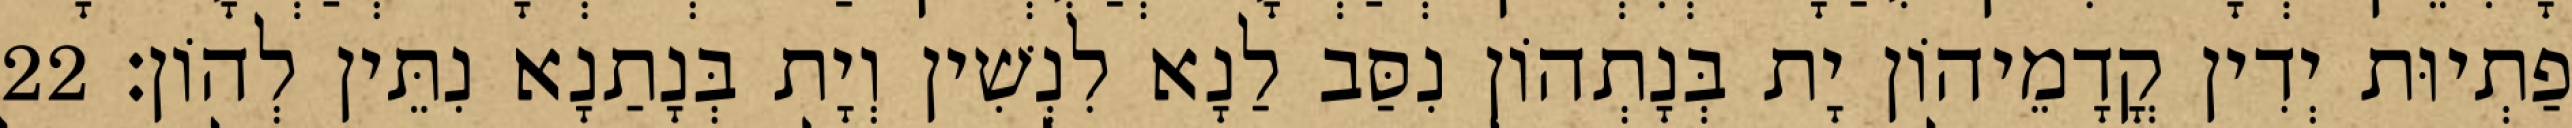
פַתְיוּת יְדִין קֳדָמֵיהוֹן יָת בְּנָתְהוֹן נִסַּב לַנָא לִנְשִׁין וְיָת בְּנָתַנָא נִתֵּין לְהוֹן׃ 22